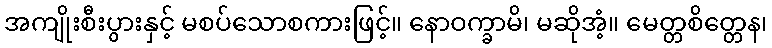
အကျိုးစီးပွားနှင့် မစပ်သောစကားဖြင့်။ နောဝက္ခာမိ၊ မဆိုအံ့။ မေတ္တစိတ္တေန၊